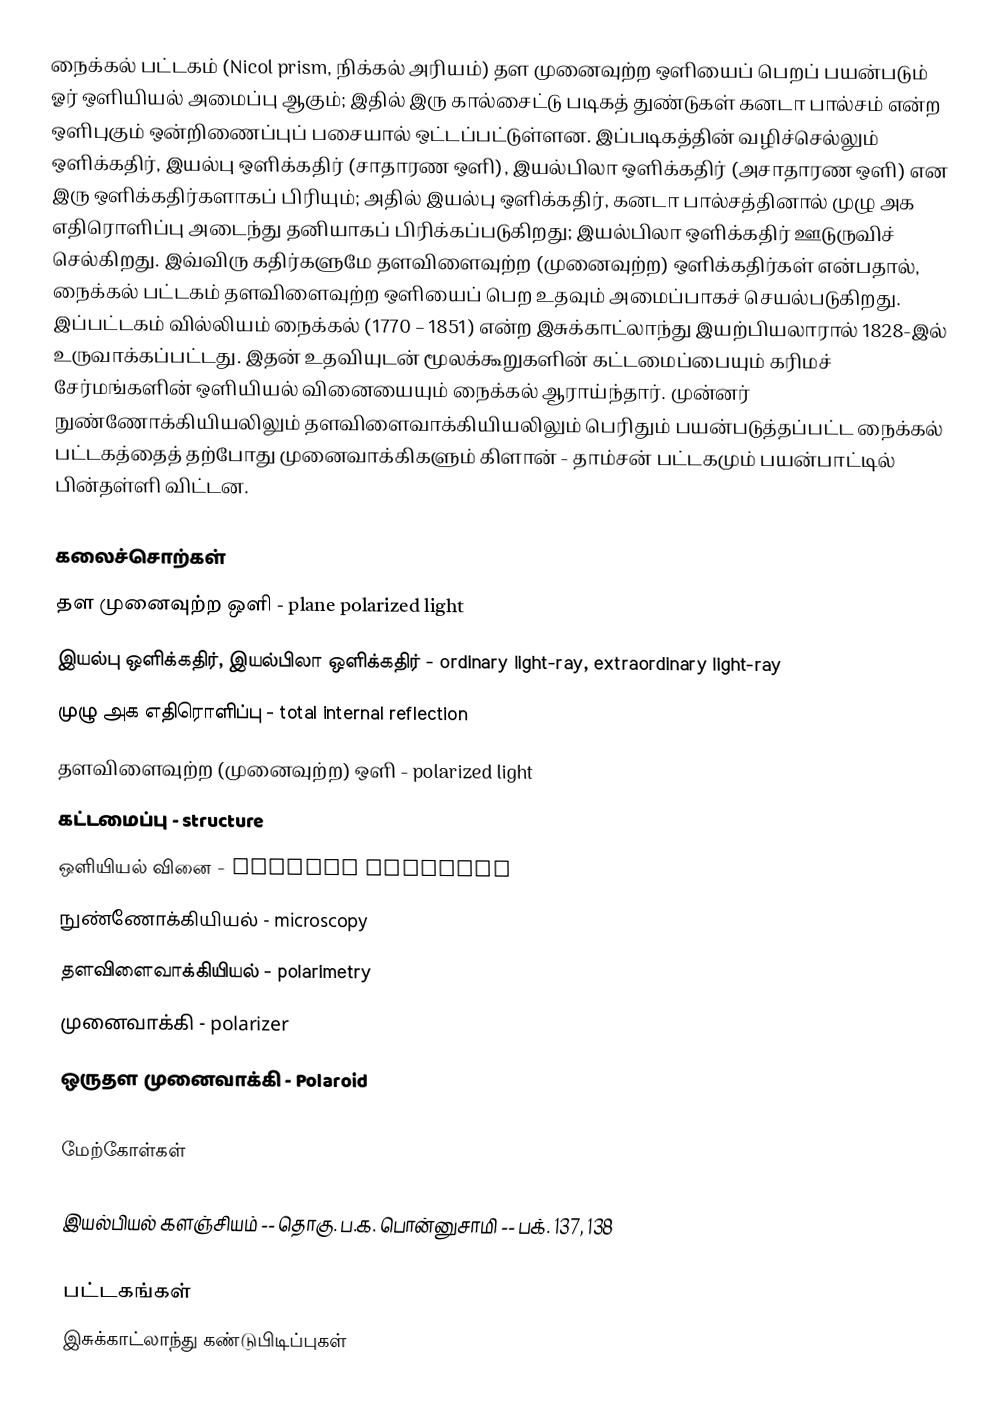
நைக்கல் பட்டகம் (Nicol prism, நிக்கல் அரியம்) தள முனைவுற்ற ஒளியைப் பெறப் பயன்படும் ஓர் ஒளியியல் அமைப்பு ஆகும்; இதில் இரு கால்சைட்டு படிகத் துண்டுகள் கனடா பால்சம் என்ற ஒளிபுகும் ஒன்றிணைப்புப் பசையால் ஒட்டப்பட்டுள்ளன. இப்படிகத்தின் வழிச்செல்லும் ஒளிக்கதிர், இயல்பு ஒளிக்கதிர் (சாதாரண ஒளி), இயல்பிலா ஒளிக்கதிர் (அசாதாரண ஒளி) என இரு ஒளிக்கதிர்களாகப் பிரியும்; அதில் இயல்பு ஒளிக்கதிர், கனடா பால்சத்தினால் முழு அக எதிரொளிப்பு அடைந்து தனியாகப் பிரிக்கப்படுகிறது; இயல்பிலா ஒளிக்கதிர் ஊடுருவிச் செல்கிறது. இவ்விரு கதிர்களுமே தளவிளைவுற்ற (முனைவுற்ற) ஒளிக்கதிர்கள் என்பதால், நைக்கல் பட்டகம் தளவிளைவுற்ற ஒளியைப் பெற உதவும் அமைப்பாகச் செயல்படுகிறது. இப்பட்டகம் வில்லியம் நைக்கல் (1770 – 1851) என்ற இசுக்காட்லாந்து இயற்பியலாரால் 1828-இல் உருவாக்கப்பட்டது. இதன் உதவியுடன் மூலக்கூறுகளின் கட்டமைப்பையும் கரிமச் சேர்மங்களின் ஒளியியல் வினையையும் நைக்கல் ஆராய்ந்தார். முன்னர் நுண்ணோக்கியியலிலும் தளவிளைவாக்கியியலிலும் பெரிதும் பயன்படுத்தப்பட்ட நைக்கல் பட்டகத்தைத் தற்போது முனைவாக்கிகளும் கிளான் - தாம்சன் பட்டகமும் பயன்பாட்டில் பின்தள்ளி விட்டன.

கலைச்சொற்கள்
 தள முனைவுற்ற ஒளி - plane polarized light
 இயல்பு ஒளிக்கதிர், இயல்பிலா ஒளிக்கதிர் - ordinary light-ray, extraordinary light-ray
 முழு அக எதிரொளிப்பு - total internal reflection
 தளவிளைவுற்ற (முனைவுற்ற) ஒளி - polarized light
 கட்டமைப்பு - structure
 ஒளியியல் வினை - optical activity
 நுண்ணோக்கியியல் - microscopy
 தளவிளைவாக்கியியல் - polarimetry
 முனைவாக்கி - polarizer
 ஒருதள முனைவாக்கி - Polaroid

மேற்கோள்கள்

 இயல்பியல் களஞ்சியம் -- தொகு. ப.க. பொன்னுசாமி -- பக். 137, 138

பட்டகங்கள்
இசுக்காட்லாந்து கண்டுபிடிப்புகள்